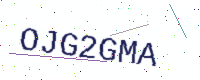
Text: OJG2GMA